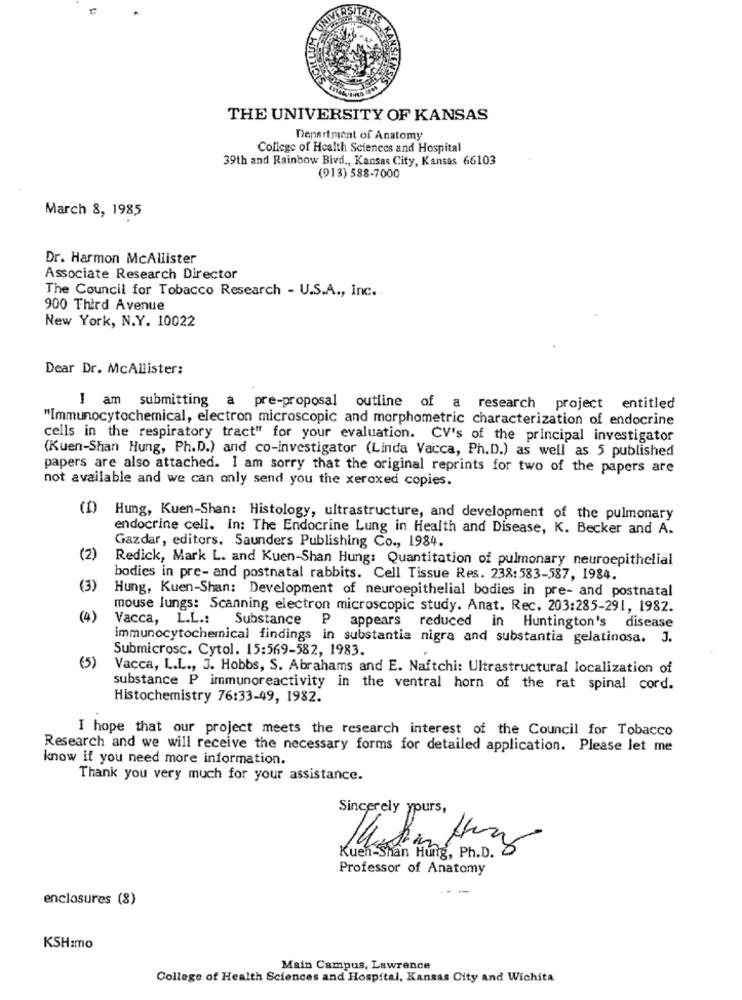
THE UNIVERSITY OF KANSAS
Department of Anatomy
College of Health Sciences and Hospital
39th and Rainbow Bivd ., Kansas City, Kansas 66103
(913) 588-7000
March 8, 1985
Dr. Harmon McAllister
Associate Research Director
The Council for Tobacco Research - U.S.A ., Inc ..
900 Third Avenue
New York, N.Y. 10022
Dear Dr. McAllister:
I am submitting a pre-proposal outline of a research project entitled
"Immunocytochemical, electron microscopic and morphometric characterization of endocrine
cells in the respiratory tract" for your evaluation. CV's of the principal investigator
(Kuen-Shan Hung, Ph.D.) and co-investigator (Linda Vacca, Ph.D.) as well as 5 published
papers are also attached. I am sorry that the original reprints for two of the papers are
not available and we can only send you the xeroxed copies.
(f) Hung, Kuen-Shan: Histology, ultrastructure, and development of the pulmonary
endocrine celi. In: The Endocrine Lung in Health and Disease, K. Becker and A.
Gazdar, editors. Saunders Publishing Co ., 1984.
(2)
Redick, Mark L. and Kuen-Shan Hung: Quantitation of pulmonary neuroepithelial
bodies in pre- and postnatal rabbits. Cell Tissue Res. 238:583-587, 1984.
(3)
Hung, Kuen-Shan: Development of neuroepithelial bodies in pre- and postnatal
mouse lungs: Scanning electron microscopic study. Anat. Rec. 203:285-291, 1982.
(4)
Vacca, L.L .: Substance
P appears reduced in Huntington's disease
immunocytochemical findings in substantia nigra and substantia gelatinosa. J.
Submicrosc. Cytol. 15:569-582, 1983.
(5)
Vacca, L.L ., J. Hobbs, S. Abrahams and E. Naftchi: Ultrastructural localization of
substance P immunoreactivity in the ventral horn of the rat spinal cord.
Histochemistry 76:33-49, 1982.
I hope that our project meets the research interest of the Council for Tobacco
Research and we will receive the necessary forms for detailed application. Please let me
know if you need more information.
Thank you very much for your assistance.
Sincerely yours,
Kuen-Shan Hung, Ph.D.
Professor of Anatomy
enclosures (8)
KSH:mo
Main Campus, Lawrence
College of Health Sciences and Hospital, Kansas City and Wichita